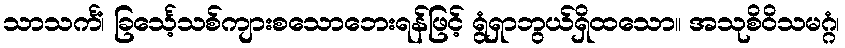
သာသင်္ကံ၊ ခြင်္သေ့သစ်ကျားစသောဘေးရန်ဖြင့် ရွံရှာဘွယ်ရှိထသော။ အသုစိဝိသမဂ္ဂံ၊